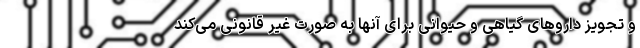
و تجویز دارو‌های گیاهی و حیوانی برای آنها به صورت غیر قانونی می‌کند